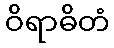
ဝိရာဓိတံ